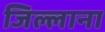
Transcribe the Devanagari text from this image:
जिल्लाना